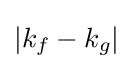
{|k_{f}-k_{g}|}